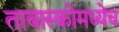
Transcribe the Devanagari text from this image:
ताबास्कोमध्येच